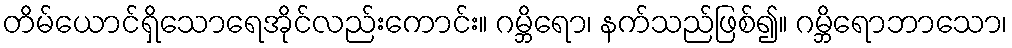
တိမ်ယောင်ရှိသောရေအိုင်လည်းကောင်း။ ဂမ္ဘိရော၊ နက်သည်ဖြစ်၍။ ဂမ္ဘိရောဘာသော၊